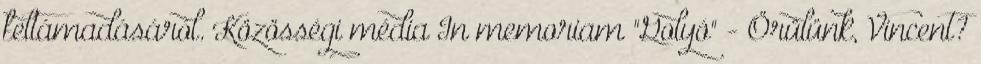
feltámadásáról. Közösségi média In memoriam "Golyó" - Örülünk, Vincent?